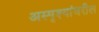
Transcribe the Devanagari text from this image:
अस्पृश्यांवरील